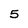
Character: 5